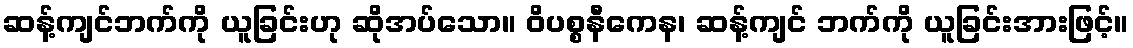
ဆန့်ကျင်ဘက်ကို ယူခြင်းဟု ဆိုအပ်သော။ ဝိပစ္စနီကေန၊ ဆန့်ကျင် ဘက်ကို ယူခြင်းအားဖြင့်။